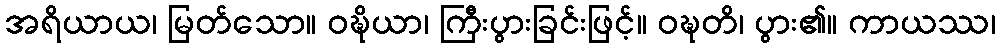
အရိယာယ၊ မြတ်သော။ ဝဍ္ဎိယာ၊ ကြီးပွားခြင်းဖြင့်။ ဝဍ္ဎတိ၊ ပွား၏။ ကာယဿ၊